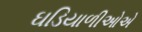
ઘડિયાળીઓએ